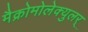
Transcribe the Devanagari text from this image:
मैक्रोमोलेक्युलर्